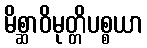
မိစ္ဆာဝိမုတ္တိပစ္စယာ